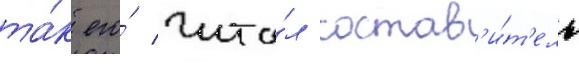
та́к его́ чита́л состав'и́т'ель